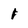
Character: 1